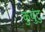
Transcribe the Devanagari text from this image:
कुबुंटु